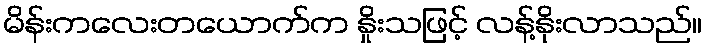
မိန်းကလေးတယောက်က နှိုးသဖြင့် လန့်နိုးလာသည်။